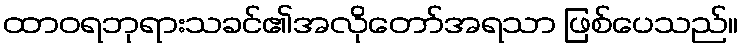
ထာဝရဘုရားသခင်၏အလိုတော်အရသာ ဖြစ်ပေသည်။